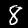
Digit: 8